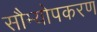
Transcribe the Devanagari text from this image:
सौम्योपकरण